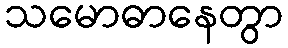
သမောဓာနေတွာ